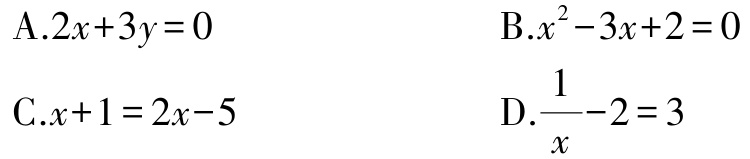
A.$2x + 3y = 0$

B.$x^{2}-3x + 2 = 0$

C.$x + 1 = 2x - 5$

D.$\frac{1}{x}-2 = 3$